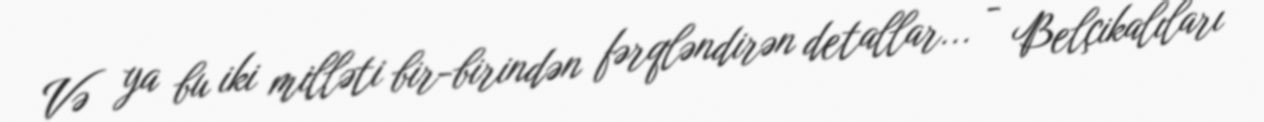
Və ya bu iki milləti bir-birindən fərqləndirən detallar... - Belçikalıları